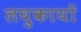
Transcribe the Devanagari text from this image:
लघुकायों